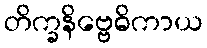
တိက္ခနိဗ္ဗေဓိကာယ